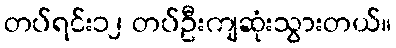
တပ်ရင်း၁၂ တပ်ဦးကျဆုံးသွားတယ်။